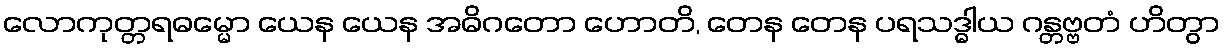
လောကုတ္တရဓမ္မော ယေန ယေန အဓိဂတော ဟောတိ, တေန တေန ပရသဒ္ဓါယ ဂန္တဗ္ဗတံ ဟိတွာ